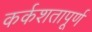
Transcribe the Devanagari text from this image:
कर्कशतापूर्ण